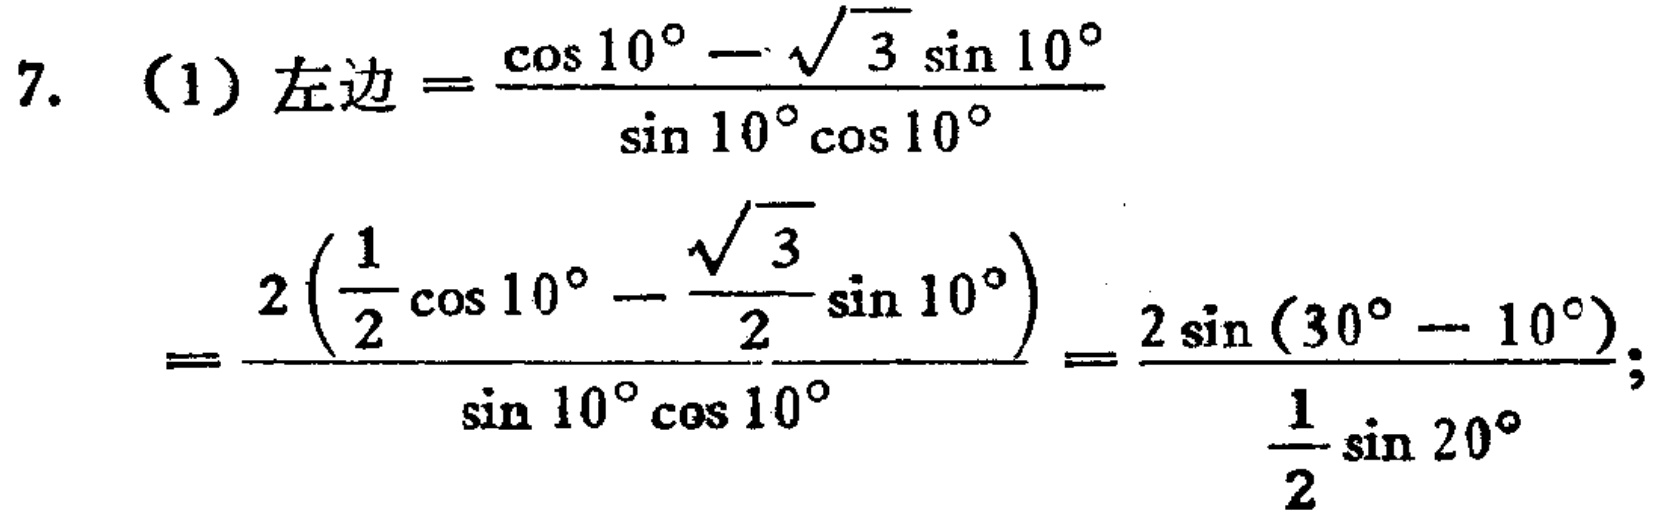
\[

\begin{align*}

7.\ (1)\ 左边&=\frac{\cos10^{\circ}-\sqrt{3}\sin10^{\circ}}{\sin10^{\circ}\cos10^{\circ}}\\

&=\frac{2\left(\frac{1}{2}\cos10^{\circ}-\frac{\sqrt{3}}{2}\sin10^{\circ}\right)}{\sin10^{\circ}\cos10^{\circ}}=\frac{2\sin(30^{\circ}-10^{\circ})}{\frac{1}{2}\sin20^{\circ}};

\end{align*}

\]